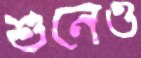
শুনেও